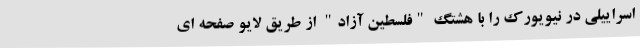
اسراییلی در نیویورک را با هشتگ "فلسطین آزاد" از طریق لایو صفحه ای